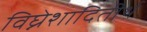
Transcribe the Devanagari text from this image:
विघ्नेशादितीर्थ